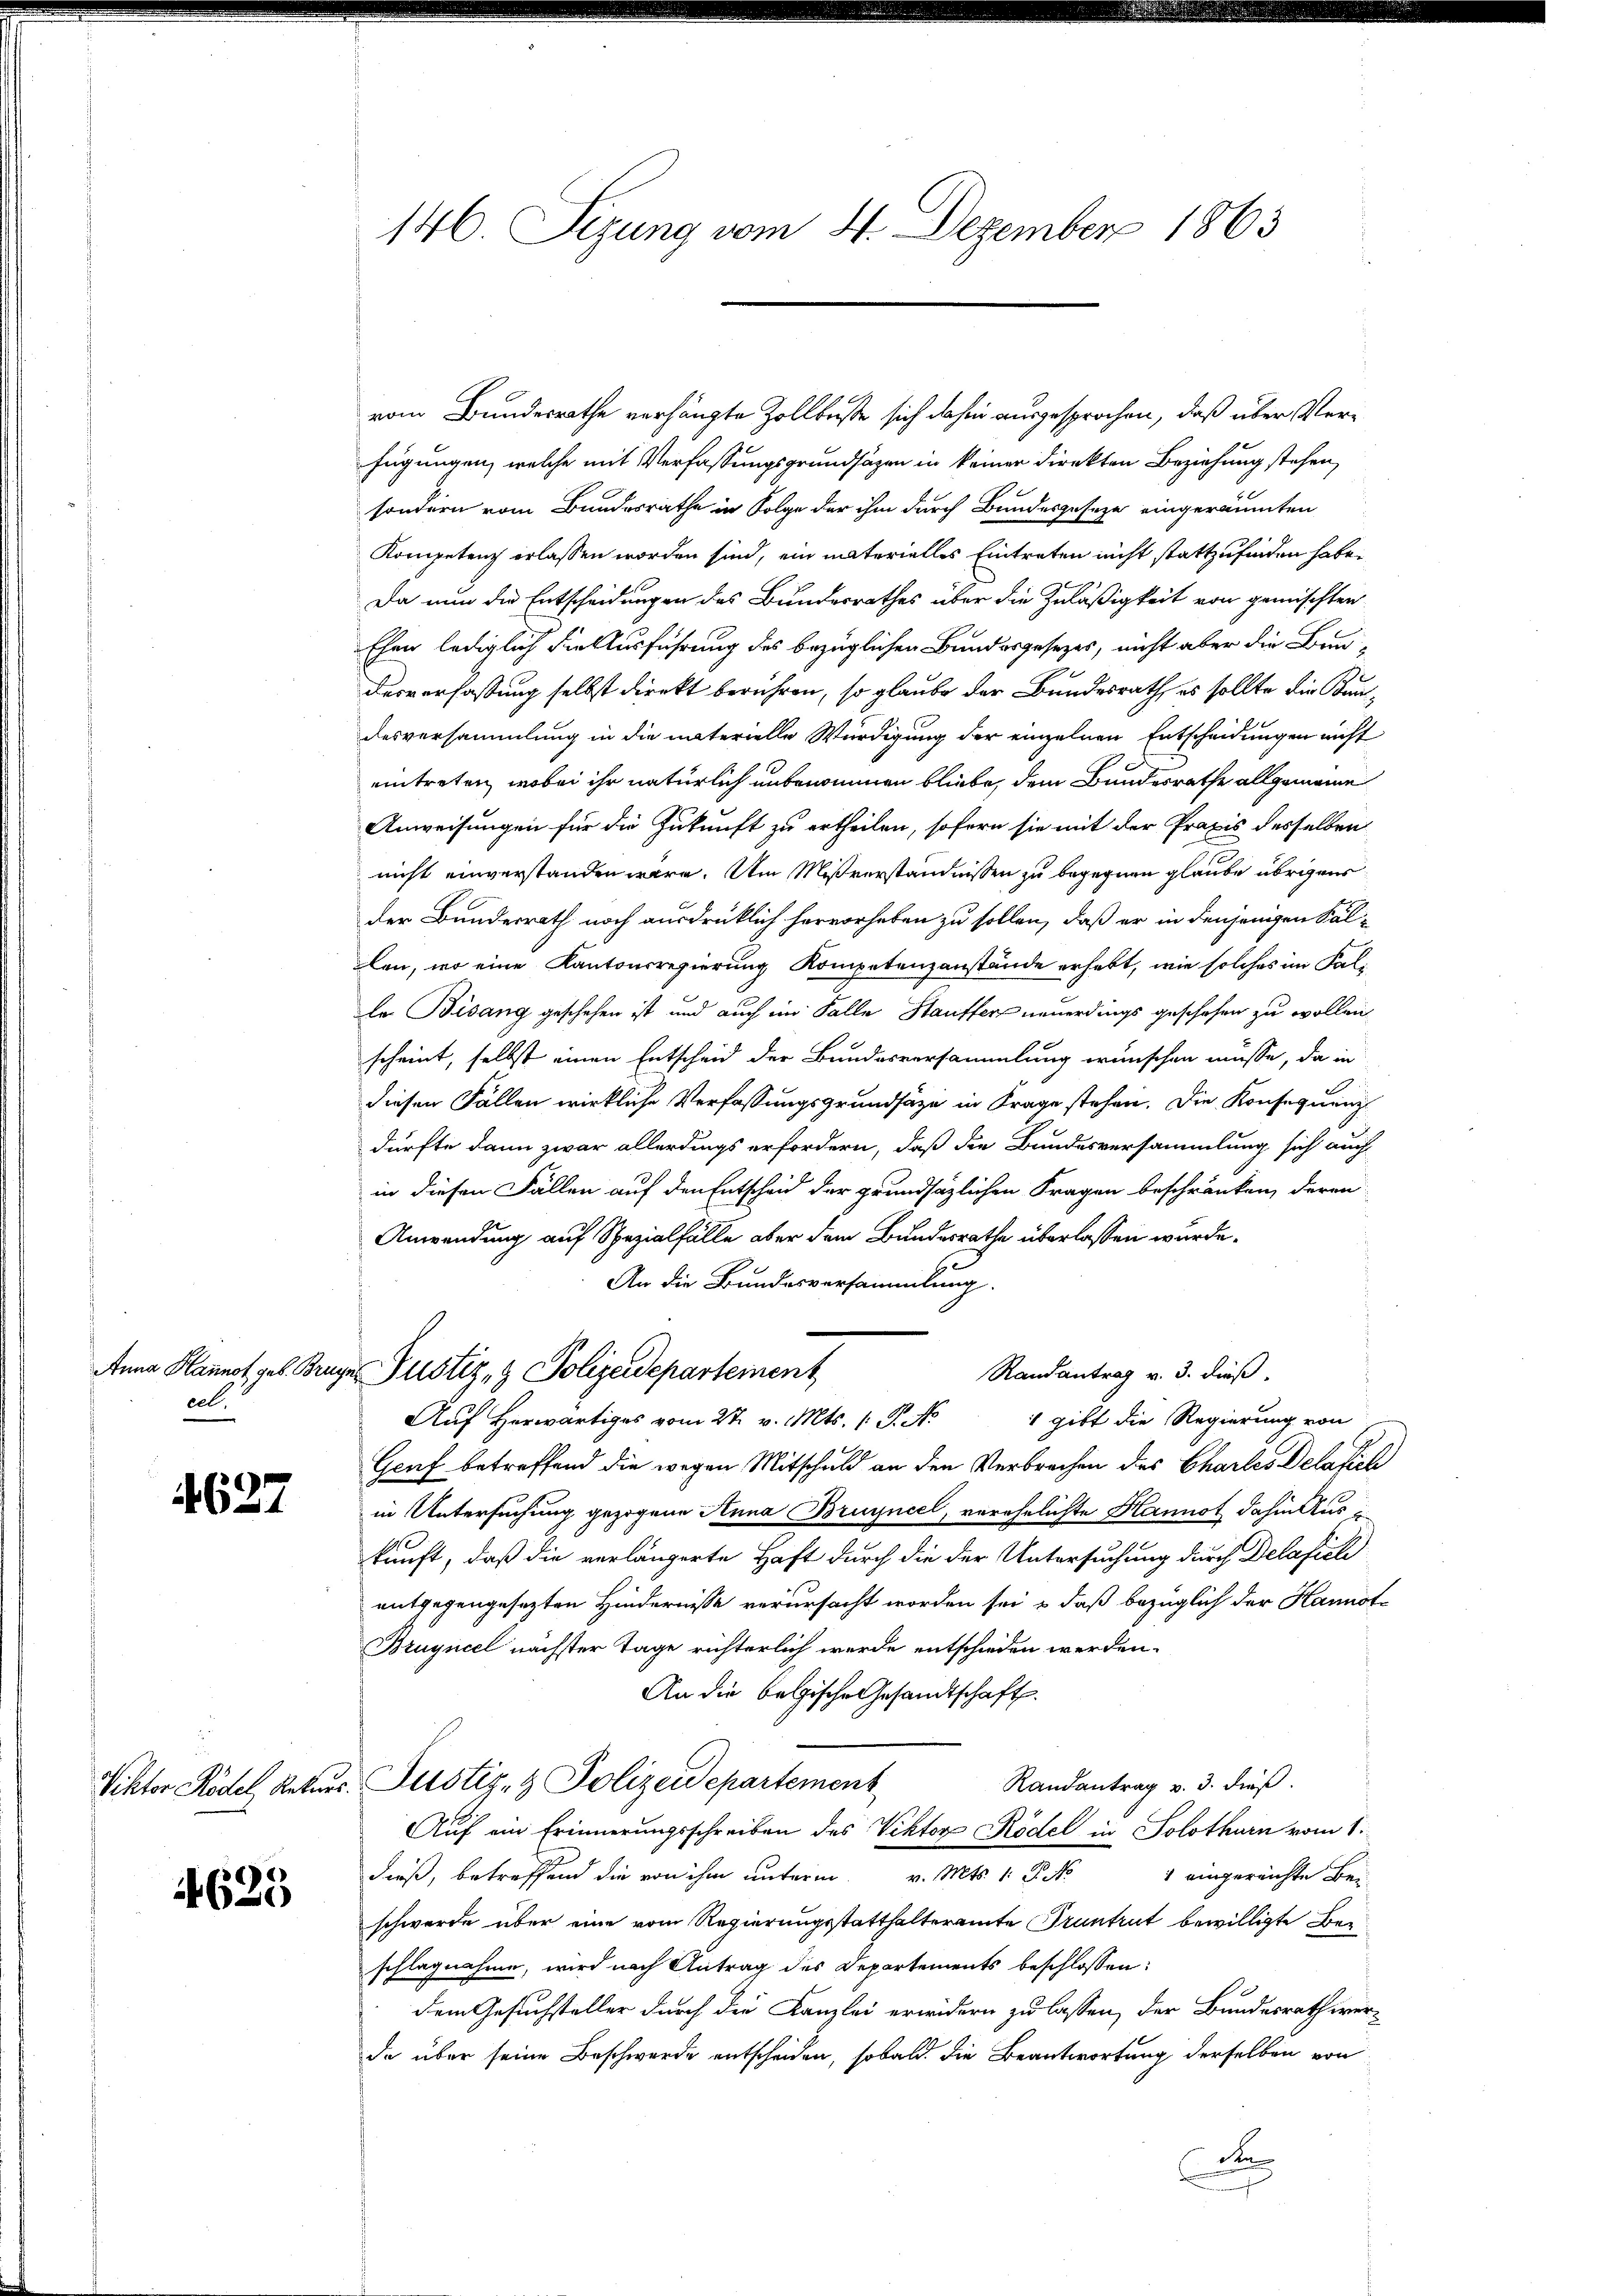
eel.

4627

4625

146 Sizung vom 4. Dezember 1863

vom Bundesrathe verhängte Zollbeste sich dahin ausgesprochen, daß über Verfügungen, welche mit Verfassungsgrundsätzen in keiner direkten Beziehung stehen,
sondern vom Bundesrathe in Folge der ihm durch Bundesgeseze eingeräumten
Kompetenz erlassen worden sind, ein materielles Eintreten nicht stattzufinden habe.
Da nun die Entscheidungen des Bundesrathes über die Zuläßigkeit von gemischten
Ehen lediglich die Ausführung des bezüglichen Bundesgesezes, nicht aber die Bau-
desverfassung selbst direkt berühren, so glaube der Bundesrath, es sollte die Kandesversammlung in die materielle Würdigung der einzelnen Entscheidungen nicht
eintreten, wobei ihr natürlich unbenommen bliebe, dem Bundesrathe allgemeine
Anweisungen für die Zukunft zu ertheilen, sofern sie mit der Praxis desselben
nicht einverstanden wäre. Um Mißverständnissen zu begegnen glaube übrigens
der Bundesrath noch ausdrücklich hervorheben zu sollen, daß er in denjenigen Sallen, wo eine Kantonsregierung Kompetenzanstände erhebt, wie solches im Falla Bisang geschehen ist und auch im Falle Stauffer neuerdings geschehen zu wollen,
scheint, selbst einen Entscheid der Bundesversammlung wünschen müsse, da in
diesen Fällen wirkliche Verfassungsgrundsätze in Frage stehen. Die Konsequenz
dürfte dann zwar allerdings erfordern, daß die Bundesversammlung sich auch
in diesen Fällen auf den Entscheid der grundsätzlichen Fragen beschränken, deren
Anwendung auf Spezialfälle aber dem Bundesrathe überlassen wurde.
An die Bundesversammlung.
Anna Hannos, geb. Brege Pustiz- & Polizeidepartement
Randantrag v. 3. dieß.
1 gibt die Regierung von
Auf Herwärtiges vom 27. v. Mts. 1. P. M.
Geuf betreffend die wegen Mitschuld an den Verbrechen des Chartes Delafich
in Untersuchung gezogene Anna Bruyneel, verehelichte Hannot dahin Aus i
kunft, daß die verlängerte Haft durch die der Untersuchung durch Delafich
entgegengesezten Hindernisse verursacht worden sei, & daß bezüglich der Hannot¬
Bruyniel nächster Tage richterlich werde entschieden werden.
An die belgische Gesandtschaft.
Randantrag v. 3. dieß.
Viktor Rödel Rekurs- Justiz- & Polizeidepartement
Auf ein Erinnerungsschreiben des Viktor Rödel in Solothurn vom 1.
dieß, betreffend die von ihm unterm v. Mts. 1. P. Nr. 1 eingereichte Be-
schwerde über eine vom Regierungsstatthalteramte Pruntrut bewilligte Beschlagnahme, wird nach Antrag des Departements beschlossen:
dem Gesuchsteller durch die Kanzlei erwidern zu lassen, der Bundesrath werde über seine Beschwerde entscheiden, sobald die Beantwortung derselben von
den
d
g